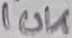
Text: 10K